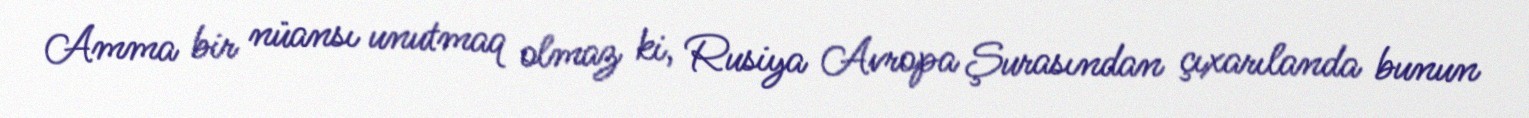
Amma bir nüansı unutmaq olmaz ki, Rusiya Avropa Şurasından çıxarılanda bunun